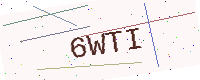
Text: 6WTI